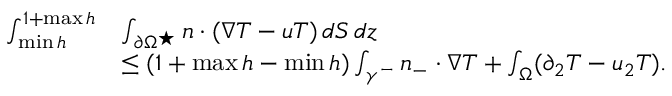
\begin{array} { r l } { \int _ { \operatorname* { m i n } h } ^ { 1 + \operatorname* { m a x } h } } & { \int _ { \partial \Omega ^ { \star } } n \cdot ( \nabla T - u T ) \, d S \, d z } \\ & { \leq ( 1 + \operatorname* { m a x } h - \operatorname* { m i n } h ) \int _ { \gamma ^ { - } } n _ { - } \cdot \nabla T + \int _ { \Omega } ( \partial _ { 2 } T - u _ { 2 } T ) . } \end{array}